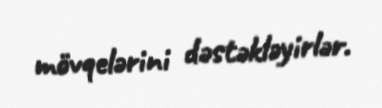
mövqelərini dəstəkləyirlər.